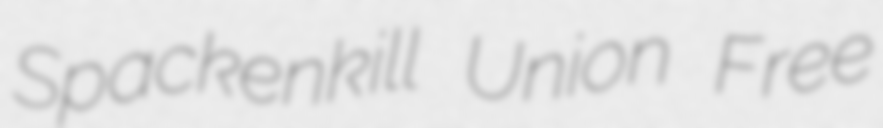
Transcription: Spackenkill Union Free